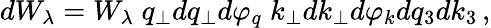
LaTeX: dW_{\lambda}=W_{\lambda}\; q_{\perp}dq_{\perp}d\varphi_{q}\; k_{\perp}dk_{\perp}d\varphi_{k}dq_{3}dk_{3}\, ,